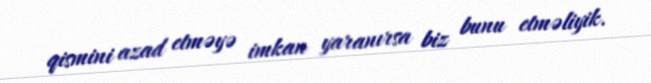
qismini azad etməyə imkan yaranırsa biz bunu etməliyik.